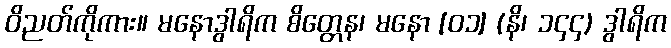
ဝိညတ်ကိုကား။ မနောဒွါရိက စိတ္တေန၊ မနော [၀၁] (နိ၊ ၁၄၄) ဒွါရိက